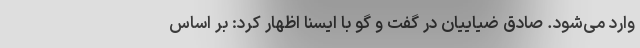
وارد می‌شود. صادق ضیاییان در گفت و گو با ایسنا اظهار کرد: بر اساس